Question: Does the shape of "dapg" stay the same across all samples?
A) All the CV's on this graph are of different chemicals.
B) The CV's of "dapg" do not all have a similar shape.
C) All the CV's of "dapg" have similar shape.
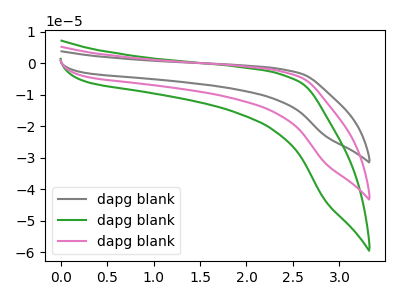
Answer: <think>The gray curve "dapg blank1" has no peaks. The green curve "dapg blank2" has no peaks. The pink curve "dapg blank3" has no peaks.
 Neither "dapg blank1" or "dapg blank2" have any peaks. Neither "dapg blank1" or "dapg blank3" have any peaks. Neither "dapg blank2" or "dapg blank3" have any peaks.</think>
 <answer>C) All the CV's of "dapg" have similar shape.</answer>
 <eval>C</eval>